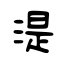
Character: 湜